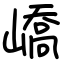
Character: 嶠